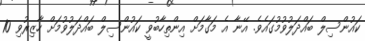
ކައުންސިލް ބައްދަލުވުމުގައެވެ. އޭނާ އެ މަގާމަށް އިންތިހާބުވީ ކައުންސިލް ބައްދަލުވުމަށް ހާޒިރުވި 10